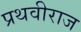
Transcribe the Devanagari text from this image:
प्रथवीराज